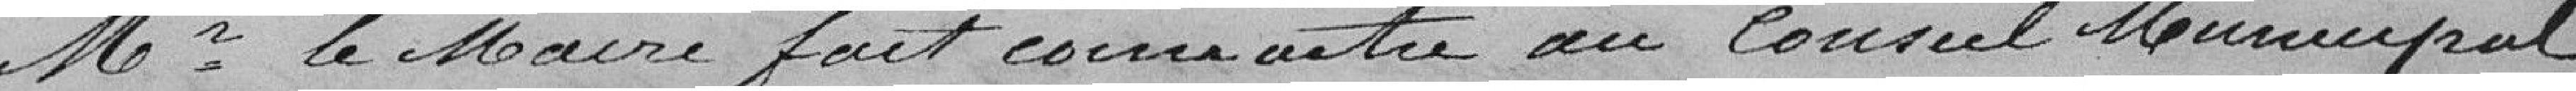
Monsieur le Maire fait connaître au Conseil Minicipal